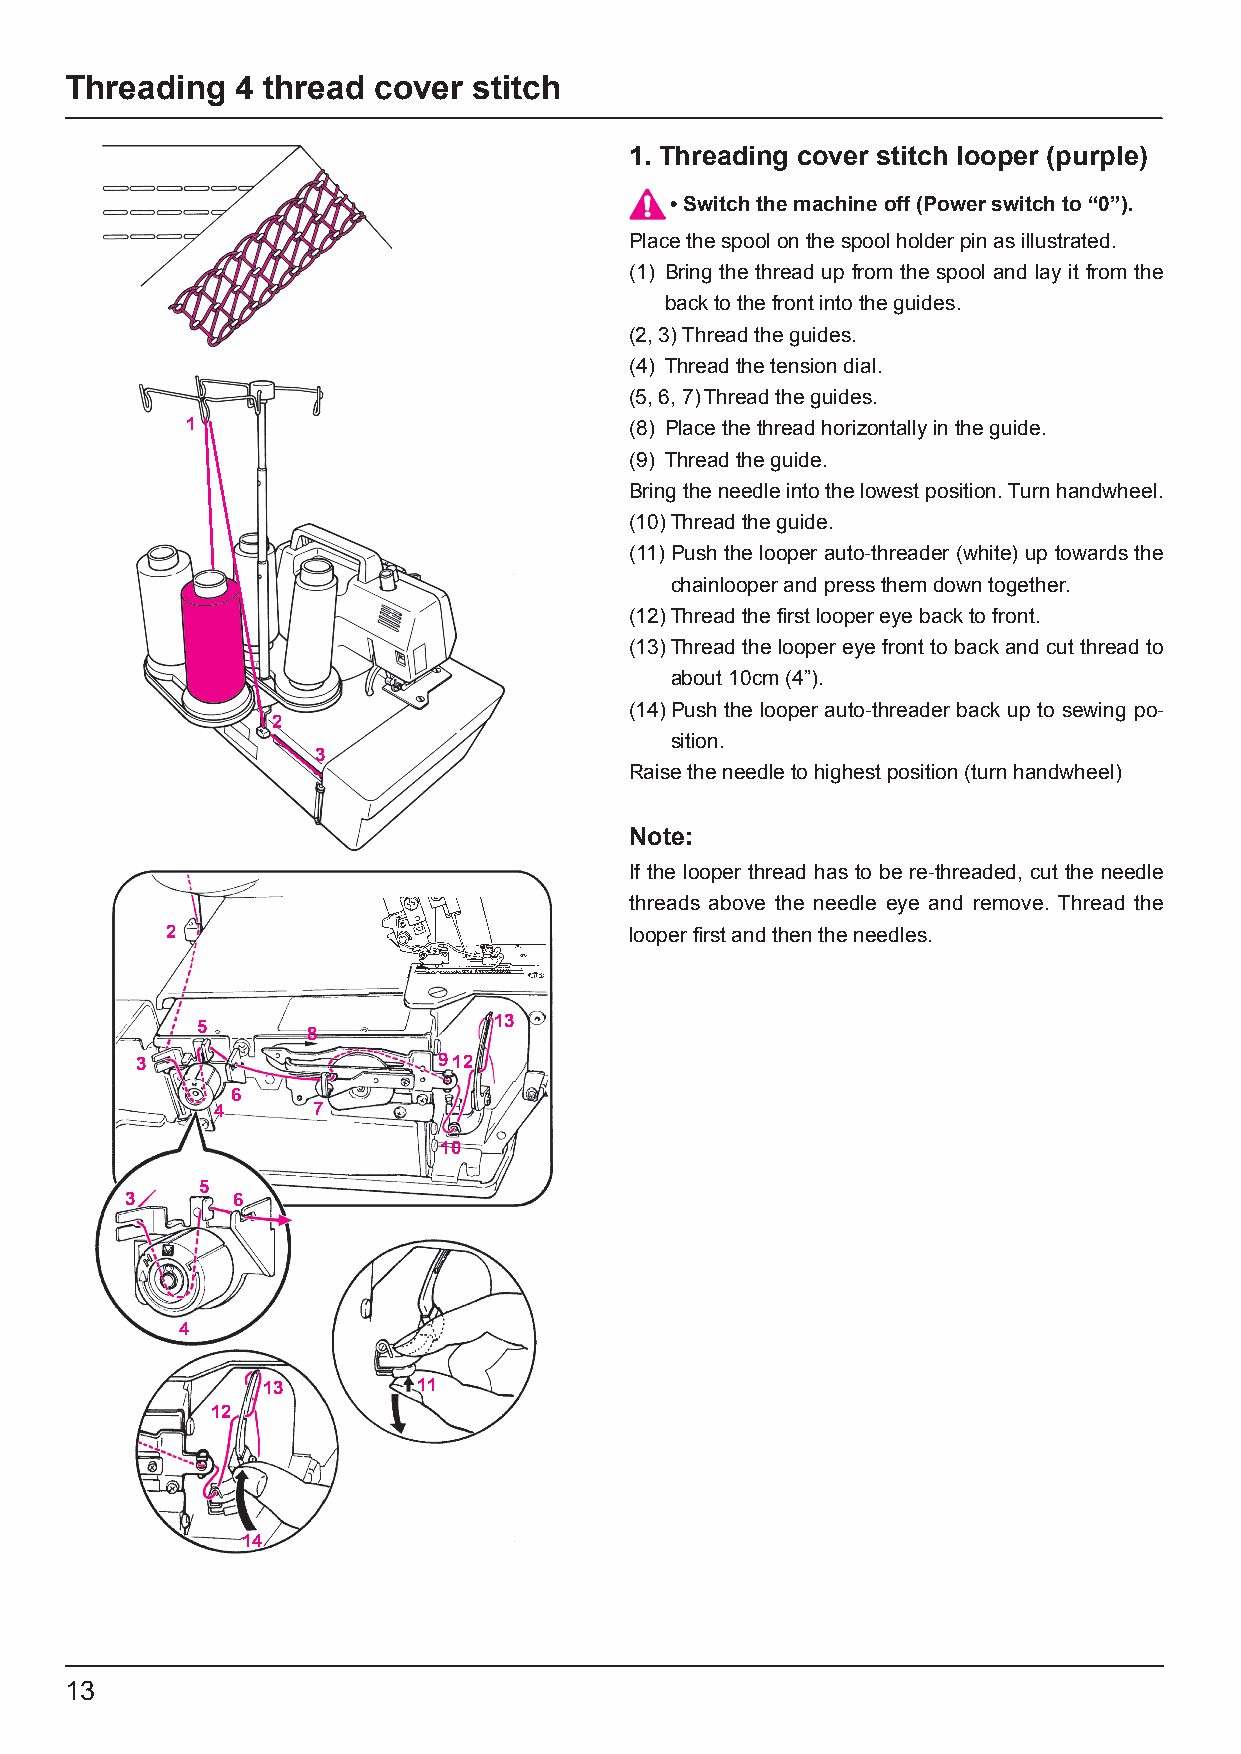
Threading   4 thread cover stitch
 1. Threading cover stitch looper (purple)
 • Switch the machine off (Power switch to “0”).
 Place the spool on the spool holder pin as illustrated.
 (1) Bring the thread up from the spool and lay it from the
 back to the front into the guides.
 (2, 3) Thread the guides.
 (4) Thread the tension dial.
 (5, 6, 7) Thread the guides.
 1                             (8) Place the thread horizontally in the guide.
 (9) Thread the guide.
 Bring the needle into the lowest position. Turn handwheel.
 (10) Thread the guide.
 (11) Push the looper auto-threader (white) up towards the
 chainlooper and press them down together.
 (12) Thread the first looper eye back to front.
 (13) Thread the looper eye front to back and cut thread to
 about 10cm (4”).
 (14) Push the looper auto-threader back up to sewing po-
 2
 sition.
 3
 Raise the needle to highest position (turn handwheel)
 Note:
 If the looper thread has to be re-threaded, cut the needle
 threads above the needle eye and remove. Thread the
 2                              looper first and then the needles.
 5                   13
 8
 3                   912
 6
 4      7
 10
 5
 3      6
 4
 13         11
 12
 14
 13